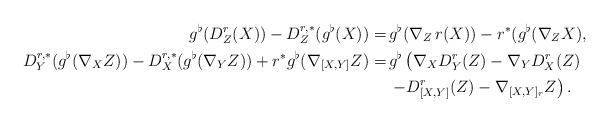
LaTeX: \begin{align*} g^\flat(D^r_Z(X)) - D^{r,*}_Z(g^\flat(X)) =\, & g^\flat(\nabla_Z\,r(X))-r^*(g^\flat(\nabla_ZX), \\D^{r,*}_Y (g^\flat(\nabla_X Z)) - D^{r, *}_X( g^\flat(\nabla_Y Z)) + r^*g^\flat(\nabla_{[X,Y]}Z) =\, & g^\flat\left(\nabla_X D^r_Y(Z) - \nabla_Y D^r_X(Z) \vphantom{D^r_{[X,Y]}(Z)}\right.\\ & \left. - D^r_{[X,Y]}(Z) - \nabla_{[X,Y]_r}Z \right).\end{align*}